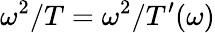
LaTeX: \omega^{2}/T=\omega^{2}/T^{\prime}(\omega)